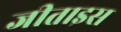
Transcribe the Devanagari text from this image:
जीताइस